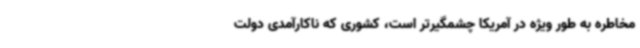
مخاطره به طور ویژه در آمریکا چشمگیرتر است، کشوری که ناکارآمدی دولت